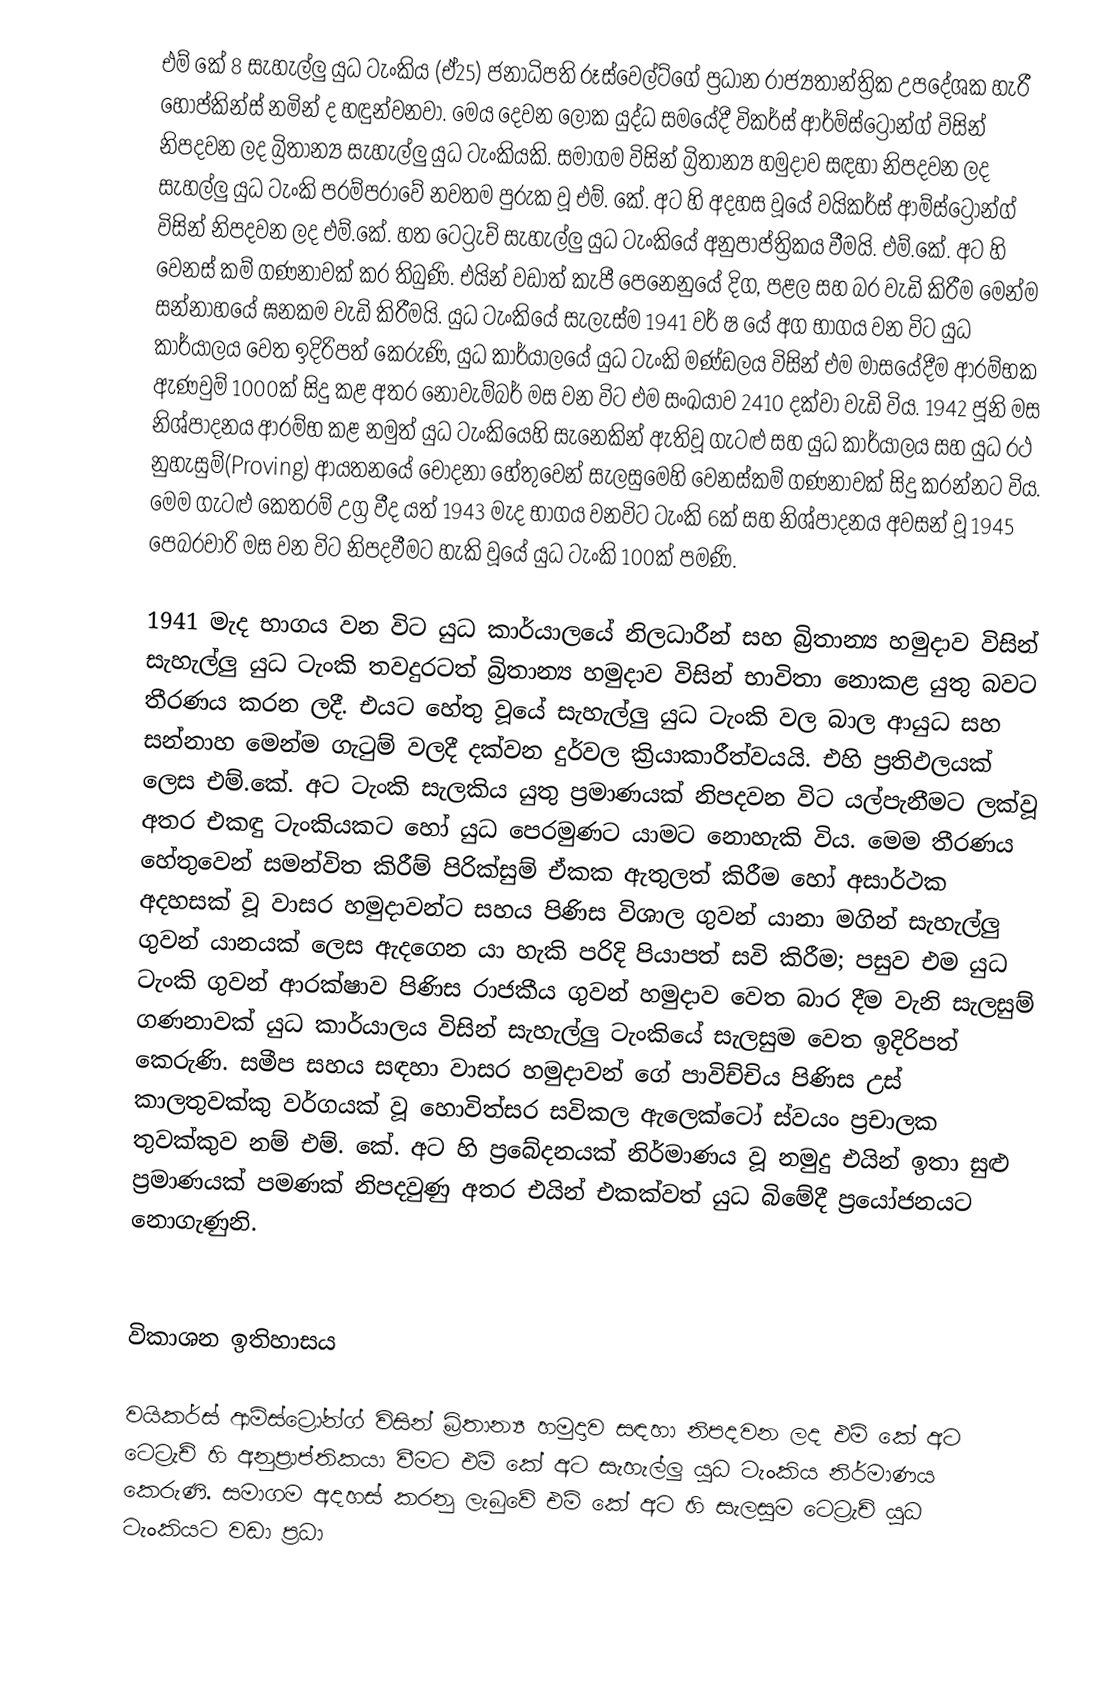
එම් කේ 8 සැහැල්ලු යුධ ටැංකිය (ඒ25) ජනාධිපති රූස්වෙල්ට්ගේ ප්‍රධාන රාජ්‍යතාන්ත්‍රික උපදේශක​ හැරී හොප්කින්ස් නමින් ද හඳුන්වනවා. මෙය දෙවන ලෝක යුද්ධ සමයේදී විකර්ස් ආර්ම්ස්ට්‍රෝන්ග් විසින් නිපදවන ලද බ්‍රිතාන්‍ය සැහැල්ලු යුධ ටැංකියකි. සමාගම විසින් බ්‍රිතාන්‍ය හමුදාව සඳහා නිපදවන ලද සැහල්ලු යුධ ටැංකි පරම්පරාවේ නවතම පුරුක වූ එම්. කේ. අට හි අදහස වූයේ වයිකර්ස් ආම්ස්ට්‍රෝන්ග් විසින් නිපදවන ලද එම්.කේ. හත ටෙට්‍රැච් සැහැල්ලු යුධ ටැංකියේ අනුපාප්ත්‍රිකය වීමයි. එම්.කේ. අට හි වෙනස් කම් ගණනාවක් කර තිබුණි. එයින් වඩාත් කැපී පෙනෙනුයේ දිග​, පළල සහ බර වැඩි කිරීම මෙන්ම සන්නාහයේ ඝනකම වැඩි කිරීමයි. යුධ ටැංකියේ සැලැස්ම 1941 වර් ෂ යේ අග භාගය වන විට යුධ කාර්යාලය වෙත ඉදිරිපත් කෙරුණි, යුධ කාර්යාලයේ යුධ ටැංකි මණ්ඩලය විසින් එම මාසයේදීම ආරම්භක ඇණවුම් 1000ක් සිදු කළ අතර නොවැම්බර් මස වන විට එම සංඛයාව 2410 දක්වා වැඩි විය​. 1942 ජූනි මස නිශ්පාදනය ආරම්භ කළ නමුත් යුධ ටැංකියෙහි සැනෙකින් ඇතිවූ ගැටළු සහ යුධ කාර්යාලය සහ යුධ රථ නුහැසුම්(Proving) ආයතනයේ චෝදනා හේතුවෙන් සැලසුමෙහි වෙනස්කම් ගණනාවක් සිදු කරන්නට විය​. මෙම ගැටළු කෙතරම් උග්‍ර වීද යත් 1943 මැද භාගය වනවිට ටැංකි 6ක් සහ නිශ්පාදනය අවසන් වූ 1945 පෙබරවාරි මස වන විට නිපදවීමට හැකි වූයේ යුධ ටැංකි 100ක් පමණි.

1941 මැද භාගය වන විට යුධ කාර්යාලයේ නිලධාරීන් සහ බ්‍රිතාන්‍ය හමුදාව විසින් සැහැල්ලු යුධ ටැංකි තවදුරටත් බ්‍රිතාන්‍ය හමුදාව විසින් භාවිතා නොකළ යුතු බවට තීරණය කරන ලදී. එයට හේතු වූයේ සැහැල්ලු යුධ ටැංකි වල බාල ආයුධ සහ සන්නාහ මෙන්ම ගැටුම් වලදී දක්වන දුර්වල ක්‍රියාකාරීත්වයයි. එහි ප්‍රතිඵලයක් ලෙස එම්.කේ. අට ටැංකි සැලකිය යුතු ප්‍රමාණයක් නිපදවන විට යල්පැනීමට ලක්වූ අතර එකඳු ටැංකියකට හෝ යුධ පෙරමුණට යාමට නොහැකි විය​. මෙම තීරණය හේතුවෙන් සමන්විත කිරීම් පිරික්සුම් ඒකක ඇතුලත් කිරීම හෝ අසාර්ථක අදහසක් වූ වාසර හමුදාවන්ට සහය පිණිස විශාල ගුවන් යානා මගින් සැහැල්ලු ගුවන් යානයක් ලෙස ඇදගෙන යා හැකි පරිදි පියාපත් සවි කිරීම; පසුව​ එම යුධ ටැංකි ගුවන් ආරක්ෂාව පිණිස රාජකීය ගුවන් හමුදාව වෙත බාර දීම වැනි සැලසුම් ගණනාවක් යුධ කාර්යාලය විසින් සැහැල්ලු ටැංකියේ සැලසුම වෙත ඉදිරිපත් කෙරුණි. සමීප සහය සඳහා වාසර හමුදාවන් ගේ පාවිච්චිය පිණිස උස් කාලතුවක්කු වර්ගයක් වූ හොවිත්සර සවිකල ඇලෙක්ටෝ ස්වයං ප්‍රචාලක තුවක්කුව නම් එම්. කේ. අට හි ප්‍රබේදනයක් නිර්මාණය වූ නමුදු එයින් ඉතා සුළු ප්‍රමාණයක් පමණක් නිපදවුණු අතර එයින් එකක්වත් යුධ බිමේදී ප්‍රයෝජනයට නොගැණුනි.

විකාශන ඉතිහාසය​

වයිකර්ස් ආම්ස්ට්‍රෝන්ග් විසින් බ්‍රිතාන්‍ය හමුදාව සඳහා නිපදවන ලද එම් කේ අට ටෙට්‍රැච් හි අනුප්‍රාප්තිකයා වීමට එම් කේ අට සැහැල්ලු යුධ ටැංකිය නිර්මාණය කෙරුණි. සමාගම අදහස් කරනු ලැබුවේ එම් කේ අට හි සැලසුම ටෙට්‍රැච් යුධ ටැංකියට වඩා ප්‍රධා